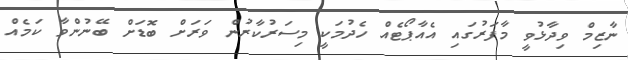
ނާޒިމް ވިދާޅުވީ މާފަރުގައި އެއާޕޯޓެއް ހެދުމަކީ މިސަރުކާރުން ވަރަށް ބޮޑަށް ބޭނުންވާ ކަމެއް